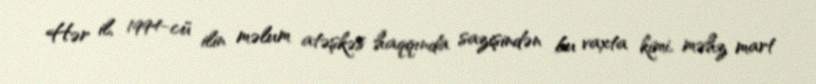
Hər il, 1994-cü ilin məlum atəşkəs haqqında sazişindən bu vaxta kimi, məhz mart